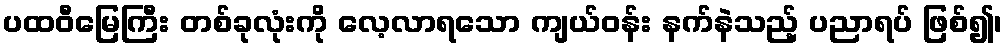
ပထဝီမြေကြီး တစ်ခုလုံးကို လေ့လာရသော ကျယ်ဝန်း နက်နဲသည့် ပညာရပ် ဖြစ်၍၊